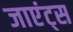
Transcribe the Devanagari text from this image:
जाएंट्स